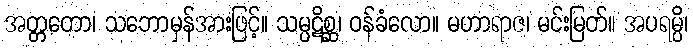
အတ္တတော၊ သဘောမှန်အားဖြင့်။ သမ္ပဋိစ္ဆ၊ ဝန်ခံလော။ မဟာရာဇ၊ မင်းမြတ်။ အပရမ္ပိ၊